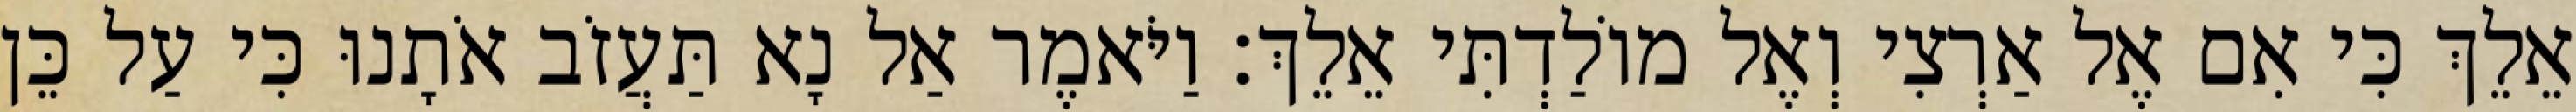
אֵלֵךְ כִּי אִם אֶל אַרְצִי וְאֶל מוֹלַדְתִּי אֵלֵךְ׃ וַיֹּאמֶר אַל נָא תַּעֲזֹב אֹתָנוּ כִּי עַל כֵּן